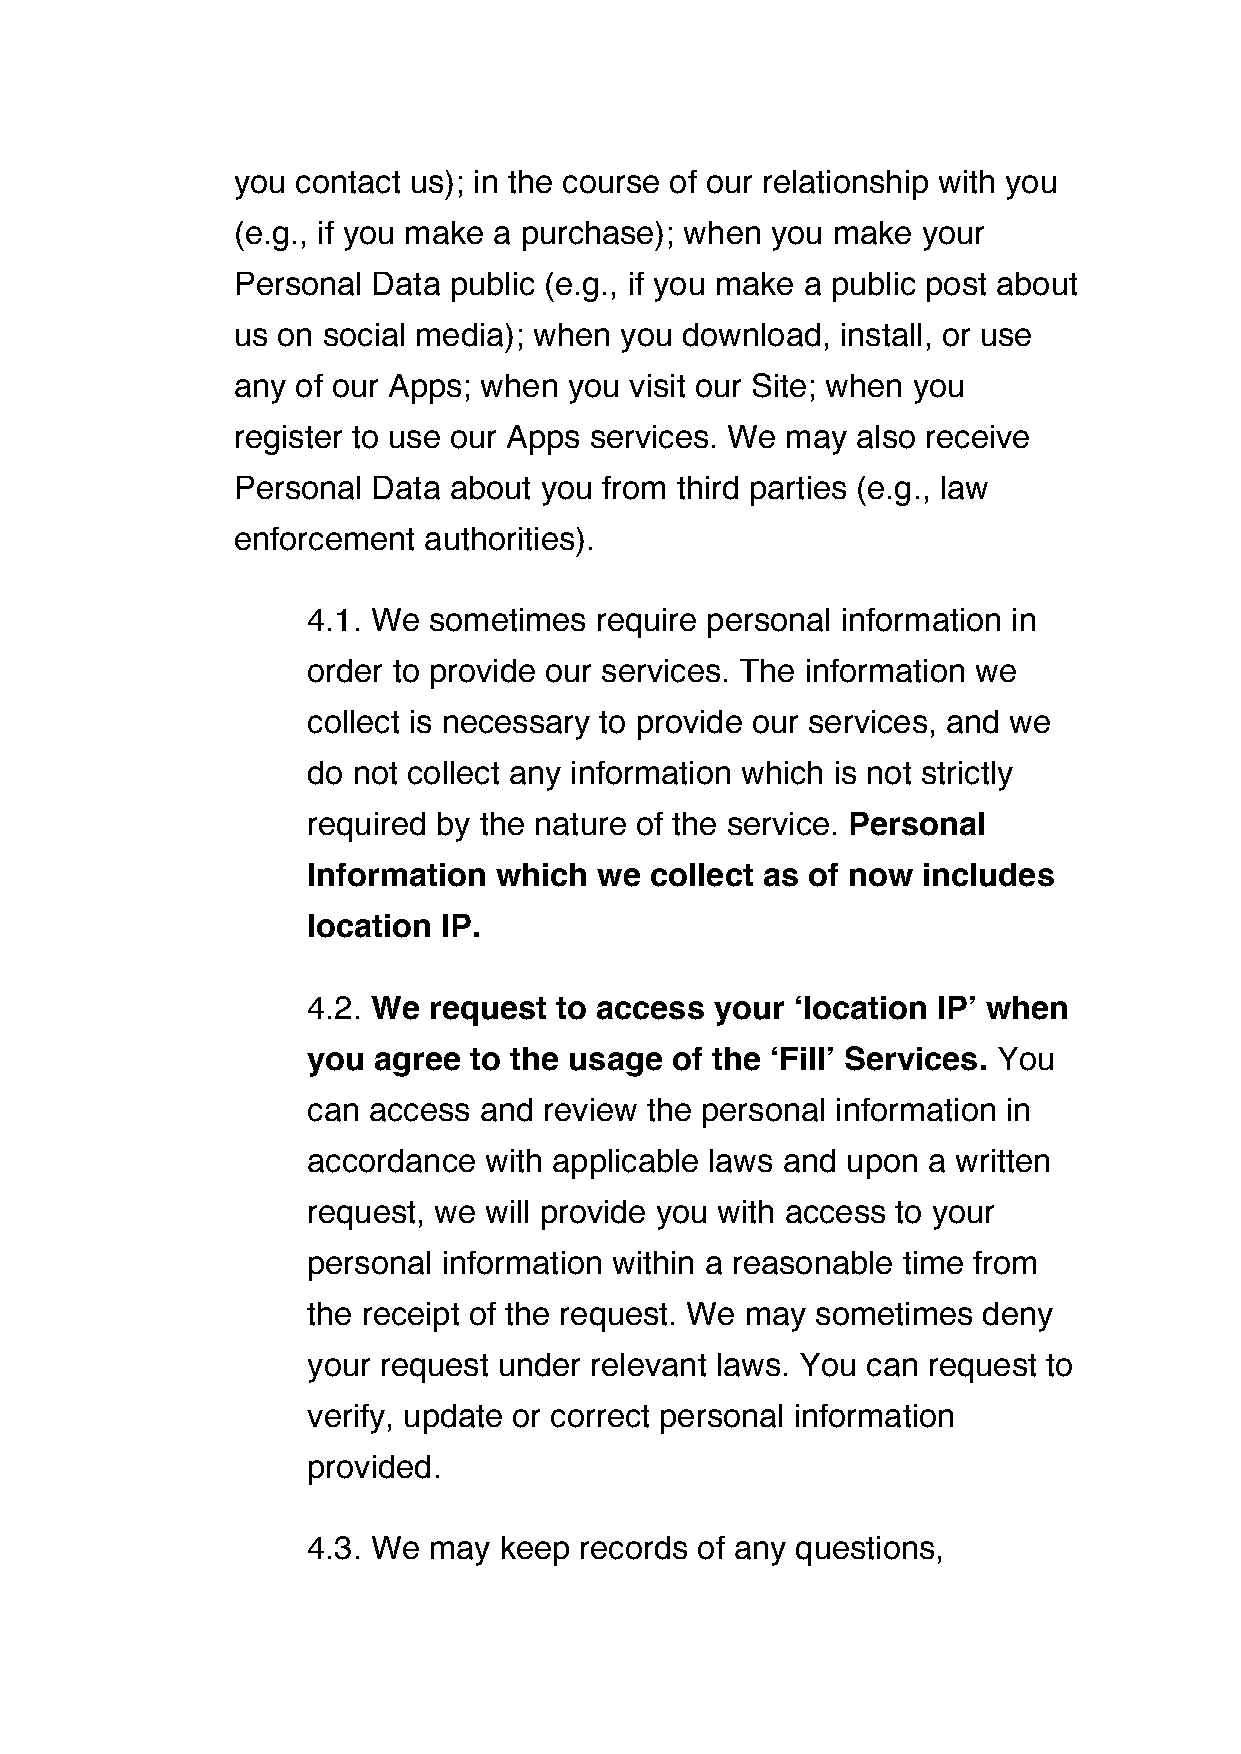
you  contact us); in the course of our relationship with you
 (e.g., if you make a purchase); when you make your
 Personal  Data public (e.g., if you make a public post about
 us on social media); when you download,  install, or use
 any  of our Apps; when you visit our Site; when you
 register to use our Apps services. We may also receive
 Personal  Data about you from third parties (e.g., law
 enforcement  authorities).
 4.1. We sometimes  require personal information in
 order to provide our services. The information we
 collect is necessary to provide our services, and we
 do not collect any information which is not strictly
 required by the nature of the service. Personal
 Information  which  we collect as of now includes
 location IP.
 4.2. We request  to access your  ‘location IP’ when
 you  agree to the usage of the ‘Fill’ Services. You
 can access  and review the personal information in
 accordance  with applicable laws and upon a written
 request, we will provide you with access to your
 personal information within a reasonable time from
 the receipt of the request. We may sometimes deny
 your request under relevant laws. You can request to
 verify, update or correct personal information
 provided.
 4.3. We may  keep records of any questions,